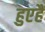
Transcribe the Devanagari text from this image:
हुएहैं